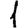
Digit: 1